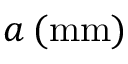
a \: ( \mathrm { m m } )